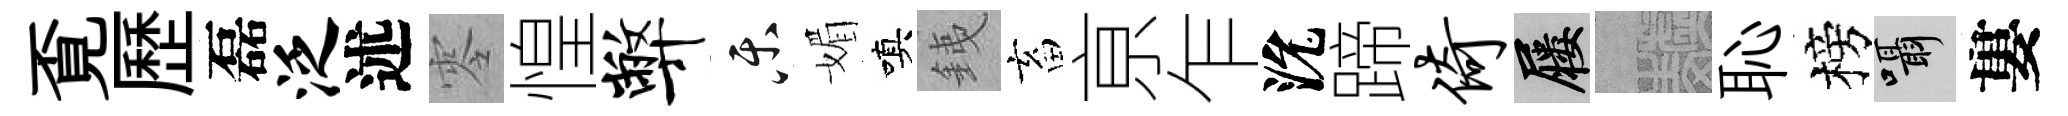
覔歷磊泛述零惶弊乐媚嗔銕畜亰乍沇蹄倚屨熙恥榜囁婁